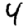
Digit: 4